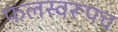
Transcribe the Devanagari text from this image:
फलस्वरूपच